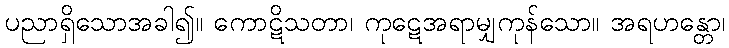
ပညာရှိသောအခါ၍။ ကောဋိသတာ၊ ကုဋေအရာမျှကုန်သော။ အရဟန္တော၊